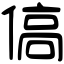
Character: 傐